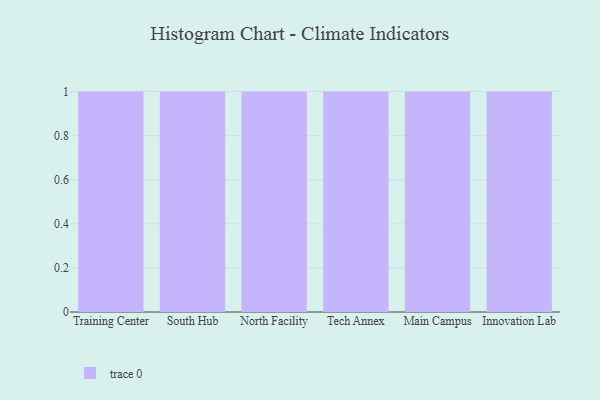
{"axis": {"x": "Campus", "y": "Operating Costs (USD K)"}, "legend": [""], "data": [{"x": "Training Center", "y": 9, "type": ""}, {"x": "South Hub", "y": 21, "type": ""}, {"x": "North Facility", "y": 47, "type": ""}, {"x": "Tech Annex", "y": 19, "type": ""}, {"x": "Main Campus", "y": 17, "type": ""}, {"x": "Innovation Lab", "y": 15, "type": ""}]}